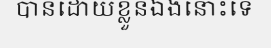
បានដោយខ្លួនឯងនោះទេ